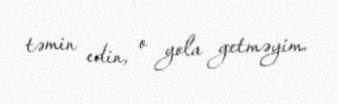
təmin edin, o yola getməyim.